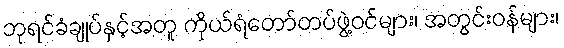
ဘုရင်ခံချုပ်နှင့်အတူ ကိုယ်ရံတော်တပ်ဖွဲ့ဝင်များ၊ အတွင်းဝန်များ၊